Civil Veterinary Department. Madras. Admin. report 1926-33 - 1926-1933
Year: 1926
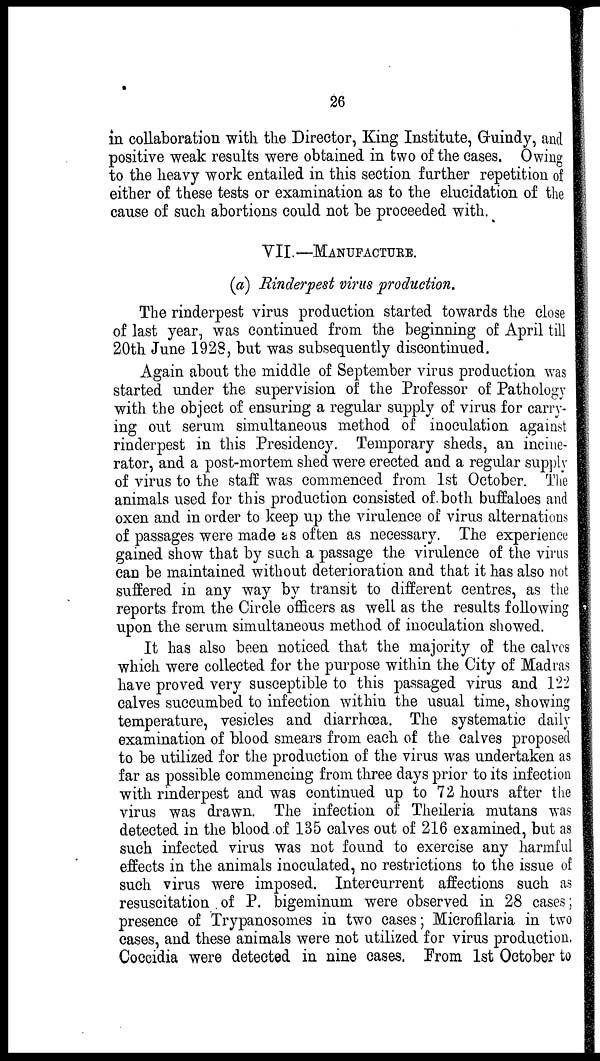
26
in collaboration with the Director, King Institute, Guindy, and
positive weak results were obtained in two of the cases. Owing
to the heavy work entailed in this section further repetition of
either of these tests or examination as to the elucidation of the
cause of such abortions could not be proceeded with.
VII.—MANUFACTURE.
(a) Rinderpest virus production.
The rinderpest virus production started towards the close
of last year, was continued from the beginning of April till
20th June 1928, but was subsequently discontinued.
Again about the middle of September virus production was
started under the supervision of the Professor of Pathology
with the object of ensuring a regular supply of virus for carry-
ing out serum simultaneous method of inoculation against
rinderpest in this Presidency. Temporary sheds, an incine-
rator, and a post-mortem shed were erected and a regular supply
of virus to the staff was commenced from 1st October. The
animals used for this production consisted of both buffaloes and
oxen and in order to keep up the virulence of virus alternations
of passages were made as often as necessary. The experience
gained show that by such a passage the virulence of the virus
can be maintained without deterioration and that it has also not
suffered in any way by transit to different centres, as the
reports from the Circle officers as well as the results following
upon the serum simultaneous method of inoculation showed.
It has also been noticed that the majority of the calves
which were collected for the purpose within the City of Madras
have proved very susceptible to this passaged virus and 122
calves succumbed to infection within the usual time, showing
temperature, vesicles and diarrhœa. The systematic daily
examination of blood smears from each of the calves proposed
to be utilized for the production of the virus was undertaken as
far as possible commencing from three days prior to its infection
with rinderpest and was continued up to 72 hours after the
virus was drawn. The infection of Theileria mutans was
detected in the blood of 135 calves out of 216 examined, but as
such infected virus was not found to exercise any harmful
effects in the animals inoculated, no restrictions to the issue of
such virus were imposed. Intercurrent affections such as
resuscitation of P. bigeminum were observed in 28 cases;
presence of Trypanosomes in two cases; Microfilaria in two
cases, and these animals were not utilized for virus production,
Coccidia were detected in nine cases. From 1st October to